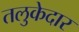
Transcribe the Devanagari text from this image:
तलुकेदार